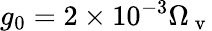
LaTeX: g_{0}=2\times 10^{-3}\Omega_{\mathrm{~v~}}